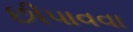
છીપાવવા